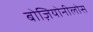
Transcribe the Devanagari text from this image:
बोज़ियोनीलोस